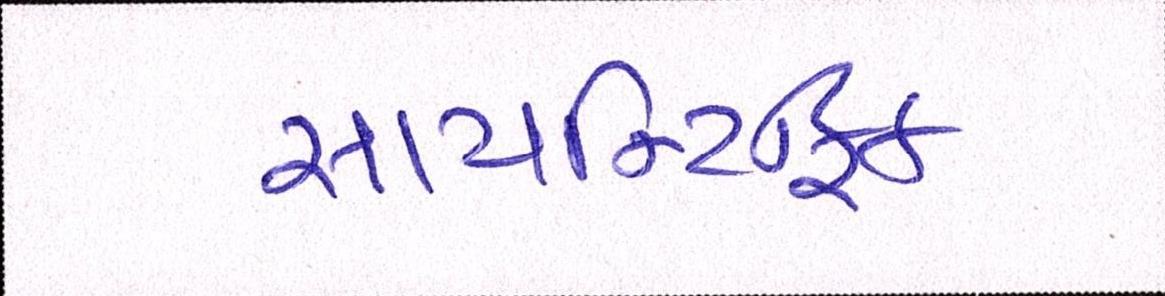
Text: સાયન્ટિફિક